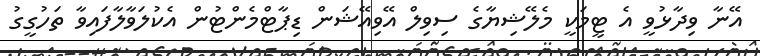
އޭނާ ވިދާޅުވީ އެ ޓީމަކީ މެލޭޝިޔާގެ ސިވިލް އޭވިއޭޝަން ޑިޕާޓްމެންޓުން އެކުލަވާލާފައިވާ ތަހުގީގު